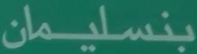
بنسليمان